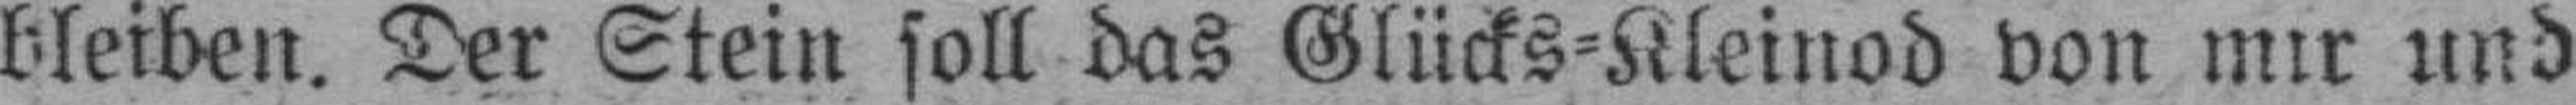
bleiben. Der Stein soll das Glücks=Kleinod von mir und